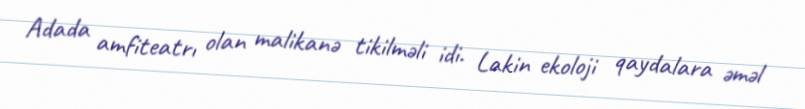
Adada amfiteatrı olan malikanə tikilməli idi. Lakin ekoloji qaydalara əməl